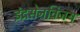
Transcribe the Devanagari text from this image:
इंद्रसेनविजय